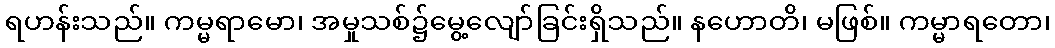
ရဟန်းသည်။ ကမ္မရာမော၊ အမှုသစ်၌မွေ့လျော်ခြင်းရှိသည်။ နဟောတိ၊ မဖြစ်။ ကမ္မာရတော၊